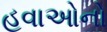
હવાઓનો